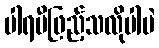
ပါရမီဖြည့်သလိုပါပဲ